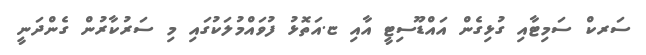
ސަރކް ސަމިޓާއި ގުޅިގެން އައްޑޫސިޓީ އާއި ޏ.އަތޮޅު ފުވައްމުލަކުގައި މި ސަރުކާރުން ގެންދަނީ